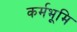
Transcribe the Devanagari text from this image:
कर्मभूमि